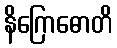
နိဂြောဓောတိ